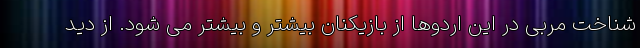
شناخت مربی در این اردوها از بازیکنان بیشتر و بیشتر می شود. از دید